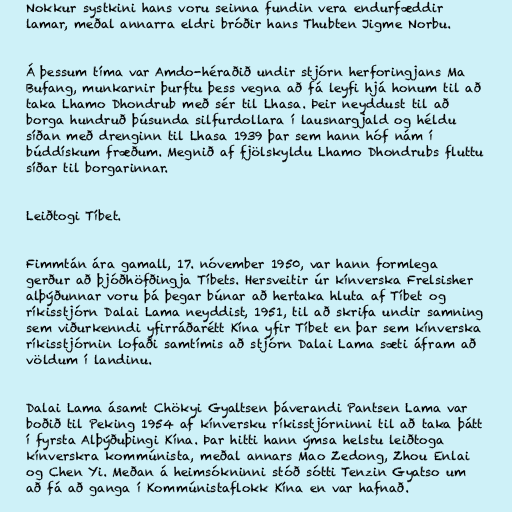
Nokkur systkini hans voru seinna fundin vera endurfæddir
lamar, meðal annarra eldri bróðir hans Thubten Jigme Norbu.

Á þessum tíma var Amdo-héraðið undir stjórn herforingjans Ma
Bufang, munkarnir þurftu þess vegna að fá leyfi hjá honum til að
taka Lhamo Dhondrub með sér til Lhasa. Þeir neyddust til að
borga hundruð þúsunda silfurdollara í lausnargjald og héldu
síðan með drenginn til Lhasa 1939 þar sem hann hóf nám í
búddískum fræðum. Megnið af fjölskyldu Lhamo Dhondrubs fluttu
síðar til borgarinnar.

Leiðtogi Tíbet.

Fimmtán ára gamall, 17. nóvember 1950, var hann formlega
gerður að þjóðhöfðingja Tíbets. Hersveitir úr kínverska Frelsisher
alþýðunnar voru þá þegar búnar að hertaka hluta af Tíbet og
ríkisstjórn Dalai Lama neyddist, 1951, til að skrifa undir samning
sem viðurkenndi yfirráðarétt Kína yfir Tíbet en þar sem kínverska
ríkisstjórnin lofaði samtímis að stjórn Dalai Lama sæti áfram að
völdum í landinu.

Dalai Lama ásamt Chökyi Gyaltsen þáverandi Pantsen Lama var
boðið til Peking 1954 af kínversku ríkisstjórninni til að taka þátt
í fyrsta Alþýðuþingi Kína. Þar hitti hann ýmsa helstu leiðtoga
kínverskra kommúnista, meðal annars Mao Zedong, Zhou Enlai
og Chen Yi. Meðan á heimsókninni stóð sótti Tenzin Gyatso um
að fá að ganga í Kommúnistaflokk Kína en var hafnað.